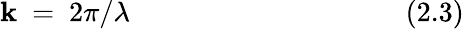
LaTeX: \mathbf{k}~=~2\pi/\lambda~~~~~~~~~~~~~~~~~~~~~~~~~~~~~~~~~~~~~~~(2.3)